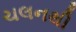
ચલનથી